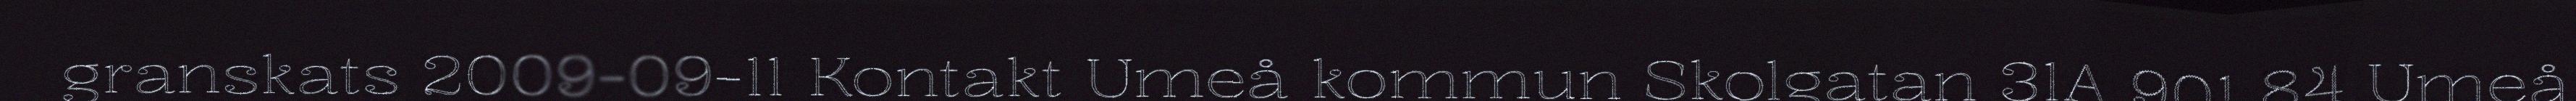
granskats 2009-09-11 Kontakt Umeå kommun Skolgatan 31A 901 84 Umeå